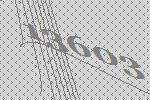
13603